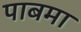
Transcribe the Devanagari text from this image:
पाबमा